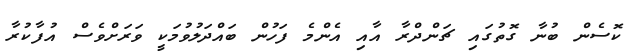
ކޮސެން ބުނާ ގޮތުގައި ޗަންދްރާ އާއި އެންމެ ފަހުން ބައްދަލުވުމަކީ ވަރަށްވެސް އުފާކުރާ